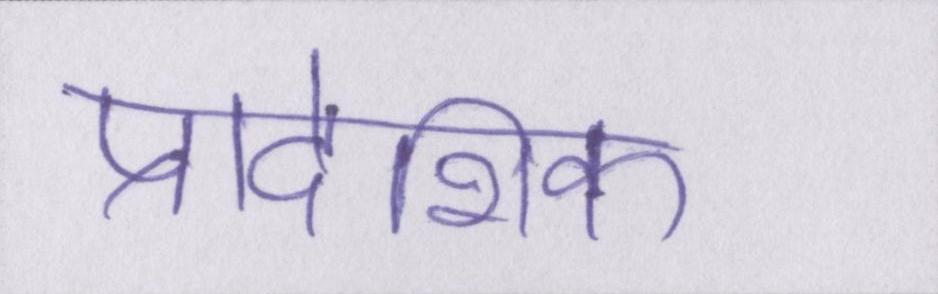
प्रादेशिक